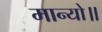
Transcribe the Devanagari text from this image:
मान्यो॥